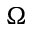
\Omega